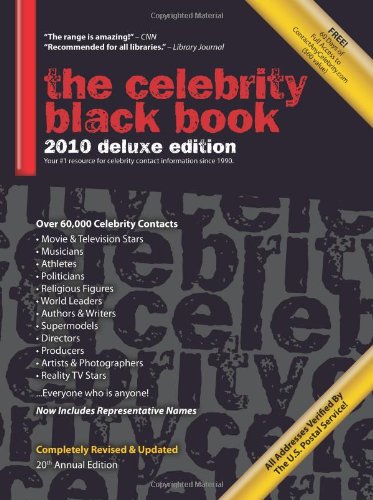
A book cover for The Celebrity Black Book 2010: Over 60,000+ Accurate Celebrity Addresses for Autographs, Charity Donations, Signed Memorabilia, Celebrity Endorsements, Media Interviews and More!; Crafts, Hobbies & Home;